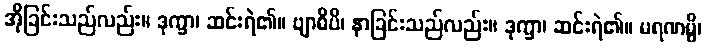
အိုခြင်းသည်လည်း။ ဒုက္ခာ၊ ဆင်းရဲ၏။ ဗျာဓိပိ၊ နာခြင်းသည်လည်း။ ဒုက္ခာ၊ ဆင်းရဲ၏။ မရဏမ္ပိ၊